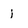
Character: j